Document type: Sale
Year: 1435
Scribe: Pere Soler
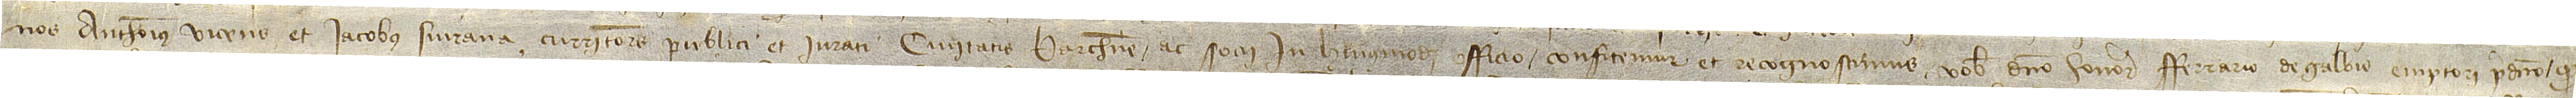
nos Anthonius Vicens et Iacobus Siurana, curritores publici et iurati civitatis Barchinone ac socii in huiusmodi officio, confitemur et recognoscimus vobis dicto honorabili Ferrario de Galbis, emptori predicto, quod